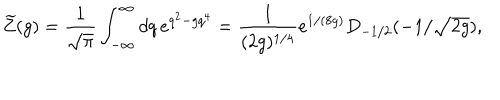
\widetilde Z ( g ) = { \frac { 1 } { \sqrt { \pi } } } \int _ { - \infty } ^ { \infty } d q \, e ^ { q ^ { 2 } - g q ^ { 4 } } = { \frac { 1 } { ( 2 g ) ^ { 1 / 4 } } } e ^ { 1 / ( 8 g ) } D _ { - 1 / 2 } ( - 1 / \sqrt { 2 g } ) ,